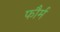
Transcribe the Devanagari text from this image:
फौर्म